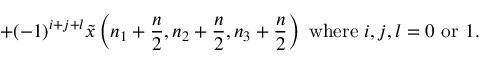
+ ( - 1 ) ^ { i + j + l } { \tilde { x } } \left( n _ { 1 } + { \frac { n } { 2 } } , n _ { 2 } + { \frac { n } { 2 } } , n _ { 3 } + { \frac { n } { 2 } } \right) { \mathrm { ~ w h e r e ~ } } i , j , l = 0 { \mathrm { ~ o r ~ } } 1 .